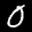
Label: 0